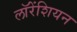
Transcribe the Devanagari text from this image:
लॉरेंशियन